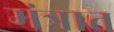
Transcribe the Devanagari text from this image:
मंत्रात